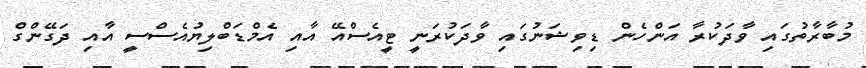
މުބާރާތުގައި ވާދަކުރާ އަންހެން ޑިވިޝަނުގައި ވާދަކުރަނީ ޓީއެސްއޭ އާއި އެމްޑަބްލިޔުއެސްސީ އާއި ދަގޭންގް